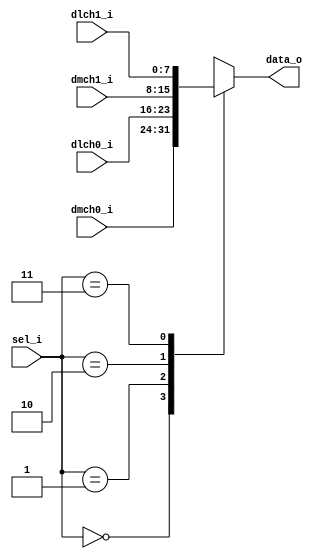
// Name: mux_ch.v
//
// Description: 

module mux_data #(
  parameter Width = 8
) (
  input             [1:0] sel_i,
  input       [Width-1:0] dmch0_i,
  input       [Width-1:0] dlch0_i,
  input       [Width-1:0] dmch1_i,
  input       [Width-1:0] dlch1_i,
  output reg  [Width-1:0] data_o
);

  always @(sel_i, dmch0_i, dlch0_i, dmch1_i, dlch1_i) begin
    case(sel_i)
      2'b00   : data_o = dmch0_i;
      2'b01   : data_o = dlch0_i;
      2'b10   : data_o = dmch1_i;
      2'b11   : data_o = dlch1_i;
      default : data_o = dmch0_i;
    endcase
  end
endmodule